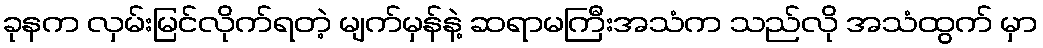
ခုနက လှမ်းမြင်လိုက်ရတဲ့ မျက်မှန်နဲ့ ဆရာမကြီးအသံက သည်လို အသံထွက် မှာ